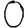
Digit: 0